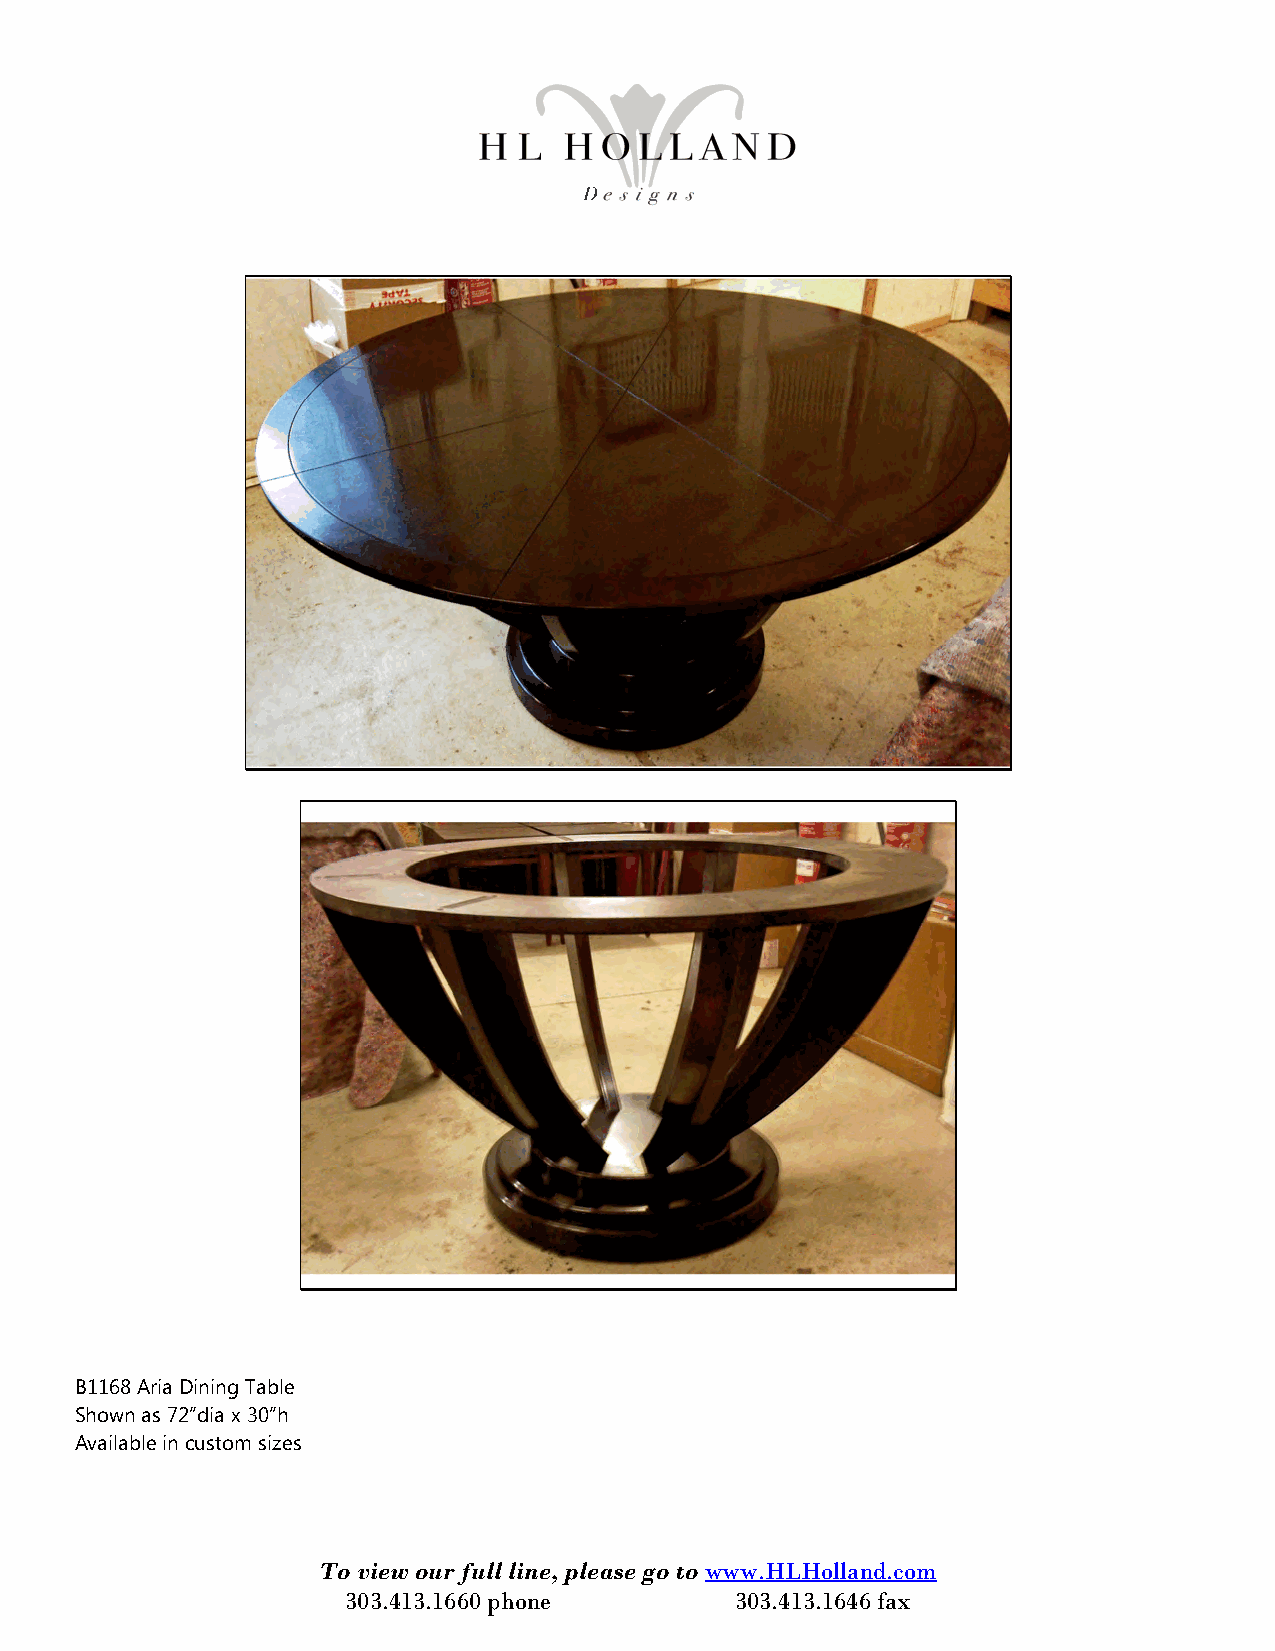
B1168 Aria Dining Table
 Shown as 72”dia x 30”h
 Available in custom sizes
 To view our full line, please go to www.HLHolland.com
 303.413.1660 phone        303.413.1646 fax